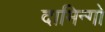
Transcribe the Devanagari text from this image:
दामिन्गो